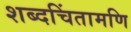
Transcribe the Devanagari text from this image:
शब्दचिंतामणि